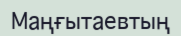
Маңғытаевтың